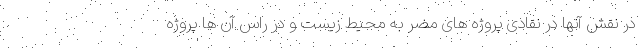
در نقش آنها در نقادیِ پروژه های مضر به محیط زیست و در راس آن ها پروژه